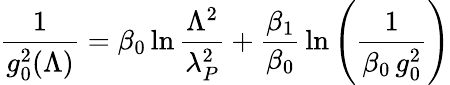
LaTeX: {\frac{1}{g_{0}^{2}(\Lambda)}}=\beta_{0}\ln{\frac{\Lambda^{2}}{\lambda_{P}^{2}}}+{\frac{\beta_{1}}{\beta_{0}}}\ln\left({\frac{1}{\beta_{0}\, g_{0}^{2}}}\right)